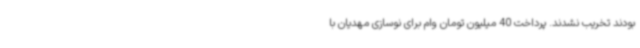
بودند تخریب نشدند. پرداخت 40 میلیون تومان وام برای نوسازی مهدیان با